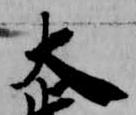
大